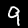
Digit: 9